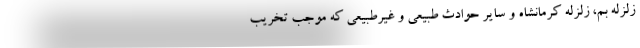
زلزله بم، زلزله کرمانشاه و سایر حوادث طبیعی و غیرطبیعی که موجب تخریب